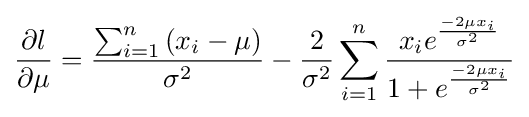
{\frac {\partial l}{\partial \mu }}={\frac {\sum _{i=1}^{n}\left(x_{i}-\mu \right)}{\sigma ^{2}}}-{\frac {2}{\sigma ^{2}}}\sum _{i=1}^{n}{\frac {x_{i}e^{\frac {-2\mu x_{i}}{\sigma ^{2}}}}{1+e^{\frac {-2\mu x_{i}}{\sigma ^{2}}}}}